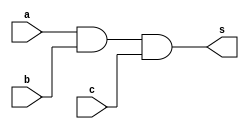
// ------------------------- 
// or com 3 entradas usando a definicao de De Morgan
// Nome: Rama Alvim Sales Schiavo 
// --------------------------

// -- and gate
module andgate (output s,
								input a,
								input b,
								input c);
	assign s = a & b & c;
endmodule// andgate
//  -- not gate
module notgate( output s,
							 input p);
assign s= ~p;
endmodule// notgate

// --  orgate De Morgan

module norgate;
reg a, b, c;
wire n1, n2, n3, s1, s2;

notgate NOT1(n1, a);
notgate NOT2(n2, b);
notgate NOT3(n3, c);
andgate AND1(s1, n1, n2, n3);
notgate NOT4(s2, s1);

initial begin:start
a=0; b=0; c=0;
end

initial begin
$display("NORGATE 3 entradas por De Morgan - Rama Alvim Sales Schiavo -  305056");
$display("\n ~( ~a & ~b & ~c ) = s\n");
$monitor("%b & %b & %b = %b", a, b, c, s2);

#1 a=0; b=0; c=0;
#1 a=0; b=0; c=1;
#1 a=0; b=1; c=0;
#1 a=0; b=1; c=1;
#1 a=1; b=0; c=0;
#1 a=1; b=0; c=1;
#1 a=1; b=1; c=0;
#1 a=1; b=1; c=1;

end
endmodule // norgate De Morgan